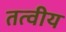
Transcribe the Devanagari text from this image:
तत्‍वीय